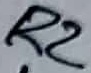
Text: R2